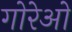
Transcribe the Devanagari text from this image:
गोरेओ